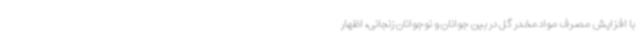
با افزایش مصرف موادمخدر گل در بین جوانان و نوجوانان زنجانی، اظهار